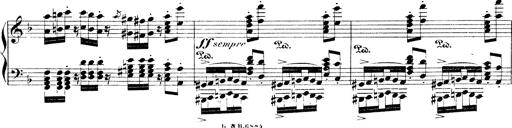
Title: Illustrations de l'opÃ©ra L'Africaine
Composer: Franz Liszt